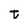
Character: t